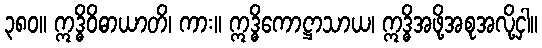
၃၈၀။ ဣဒ္ဓိဝိဓာယာတိ၊ ကား။ ဣဒ္ဓိကောဋ္ဌာသာယ၊ ဣဒ္ဓိအဖို့အစုအလို့ငှါ။